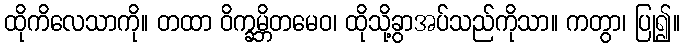
ထိုကိလေသာကို။ တထာ ဝိက္ခမ္ဘိတမေဝ၊ ထိုသို့ခွာအပ်သည်ကိုသာ။ ကတွာ၊ ပြု၍။